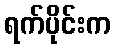
ရက်ပိုင်းက